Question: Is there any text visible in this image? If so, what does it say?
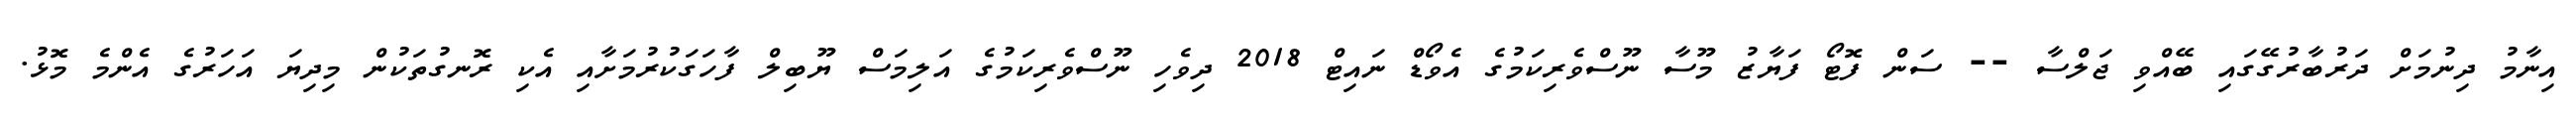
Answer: އިނާމު ދިނުމަށް ދަރުބާރުގޭގައި ބޭއްވި ޖަލްސާ -- ސަން ފޮޓޯ ފަޔާޒު މޫސާ ނޫސްވެރިކަމުގެ އެވޯޑް ނައިޓް 2018 ދިވެހި ނޫސްވެރިކަމުގެ އަލިމަސް ޔޫބިލް ފާހަގަކުރުމަށާއި އެކި ރޮނގުތަކުން މިދިޔަ އަހަރުގެ އެންމެ މޮޅު.